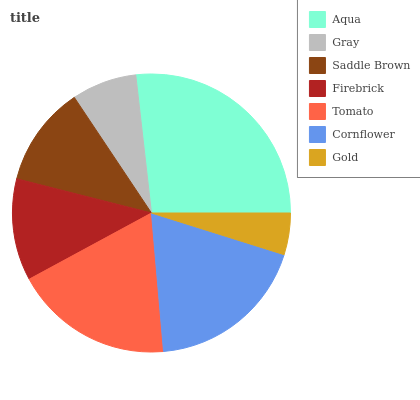
| Aqua | Gray | Saddle Brown | Firebrick | Tomato | Cornflower | Gold |
 | --- | --- | --- | --- | --- | --- | --- |
 | 26.8% | 7.58% | 11.7% | 11.9% | 18.5% | 18.8% | 4.84% |